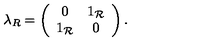
\lambda _ { R } = \left( \begin{array} { c c } { 0 } & { 1 _ { \mathcal R } } \\ { 1 _ { \mathcal R } } & { 0 } \\ \end{array} \right) .